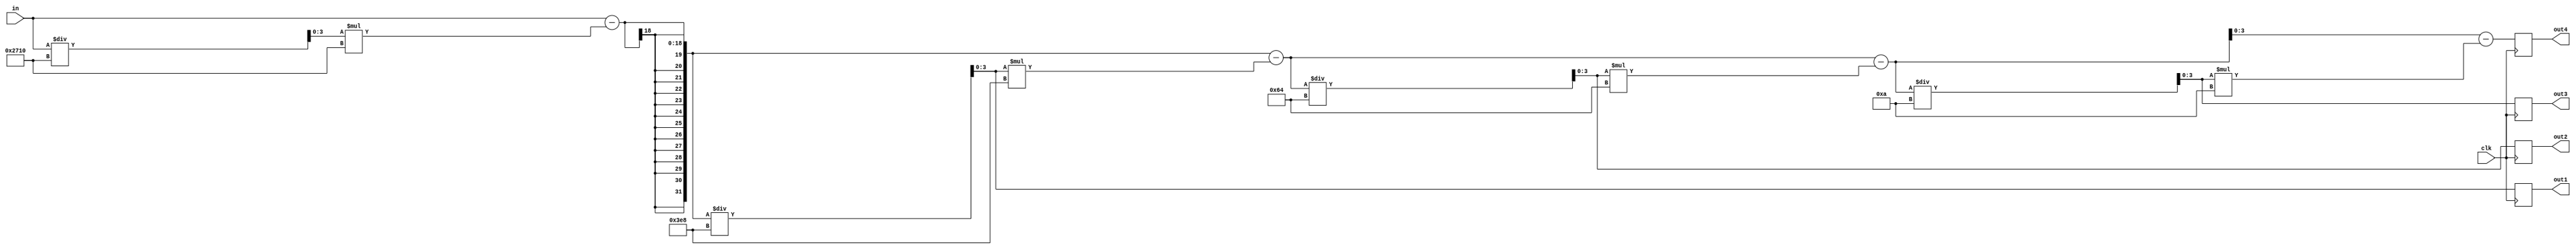
module fenwei(clk,in,out1,out2,out3,out4);
	input clk;
	input [13:0]in;
	output [3:0]out1,out2,out3,out4; 
	reg  [3:0]out1,out2,out3,out4,a; 
	
	always@(posedge clk)
		begin
		  a=in/10000;
			out1=(in-a*10000)/1000;
			out2=(in-a*10000-out1*1000)/100;
			out3=(in-a*10000-out1*1000-out2*100)/10;
			out4=in-a*10000-out1*1000-out2*100-out3*10;    
		end
 endmodule